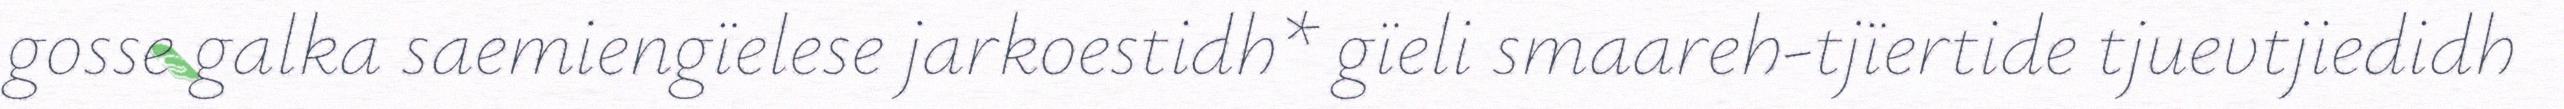
gosse galka saemiengïelese jarkoestidh* gïeli smaareh-tjïertide tjuevtjiedidh